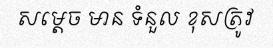
សម្តេច មាន ទំនួល ខុសត្រូវ